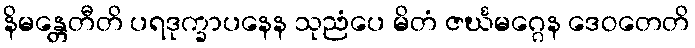
နိမန္တေတီတိ ပရဒုက္ခာပနေန သုညံပေ မိတံ ဇင်္ဃမဂ္ဂေန ဒေဝတေတိ